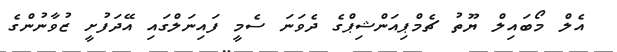
އެލް މޯބައިލް ޔޫތު ޗެމްޕިއަންޝިޕްގެ ދެވަނަ ސެމީ ފައިނަލްގައި އޭދަފުށީ ޒުވާނުންގެ